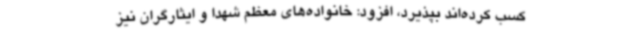
کسب کرده‌اند بپذیرد، افزود: خانواده‌های معظم شهدا و ایثارگران نیز